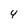
Character: 4